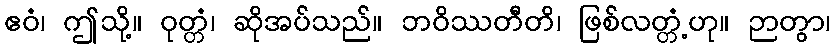
ဧဝံ၊ ဤသို့။ ဝုတ္တံ၊ ဆိုအပ်သည်။ ဘဝိဿတီတိ၊ ဖြစ်လတ္တံ့ဟု။ ဉာတွာ၊